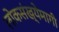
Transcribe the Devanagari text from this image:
लोकसंख्येमागी